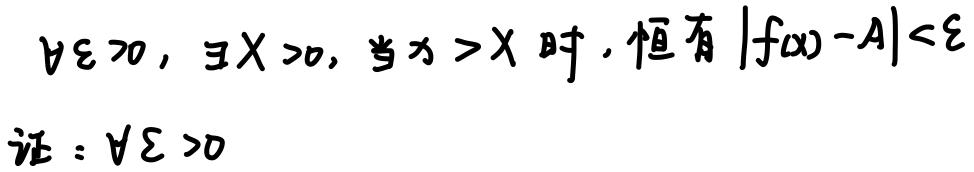
$\forall \varepsilon > 0,\ \exists X > 0,\ \text{当}x > X\text{时},\ \text{恒有}|f(x) - A| < \varepsilon$

证：$\forall \varepsilon > 0$